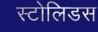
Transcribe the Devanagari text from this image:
स्टोलिडस